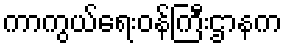
ကာကွယ်ရေးဝန်ကြီးဌာနက